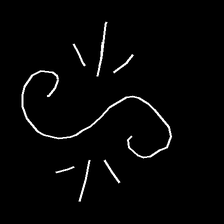
Glyph: wind-directs-air